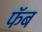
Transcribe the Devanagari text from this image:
फॅब